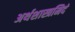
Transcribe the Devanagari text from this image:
अर्थशास्त्रमिदं